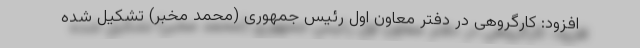
افزود: کارگروهی در دفتر معاون اول رئیس جمهوری (محمد مخبر) تشکیل شده